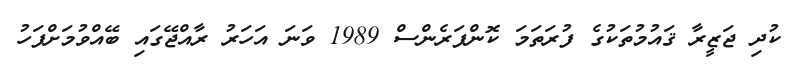
ކުދި ޖަޒީރާ ޤައުމުތަކުގެ ފުރަތަމަ ކޮންފަރެންސް 1989 ވަނަ އަހަރު ރާއްޖޭގައި ބޭއްވުމަށްފަހު